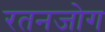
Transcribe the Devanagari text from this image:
रतनजोग